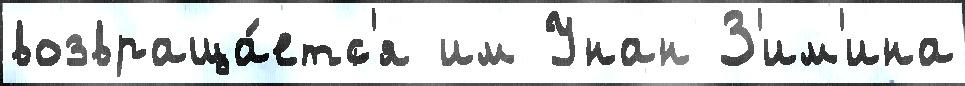
возвраща́етс'я им Унан З'им'ина